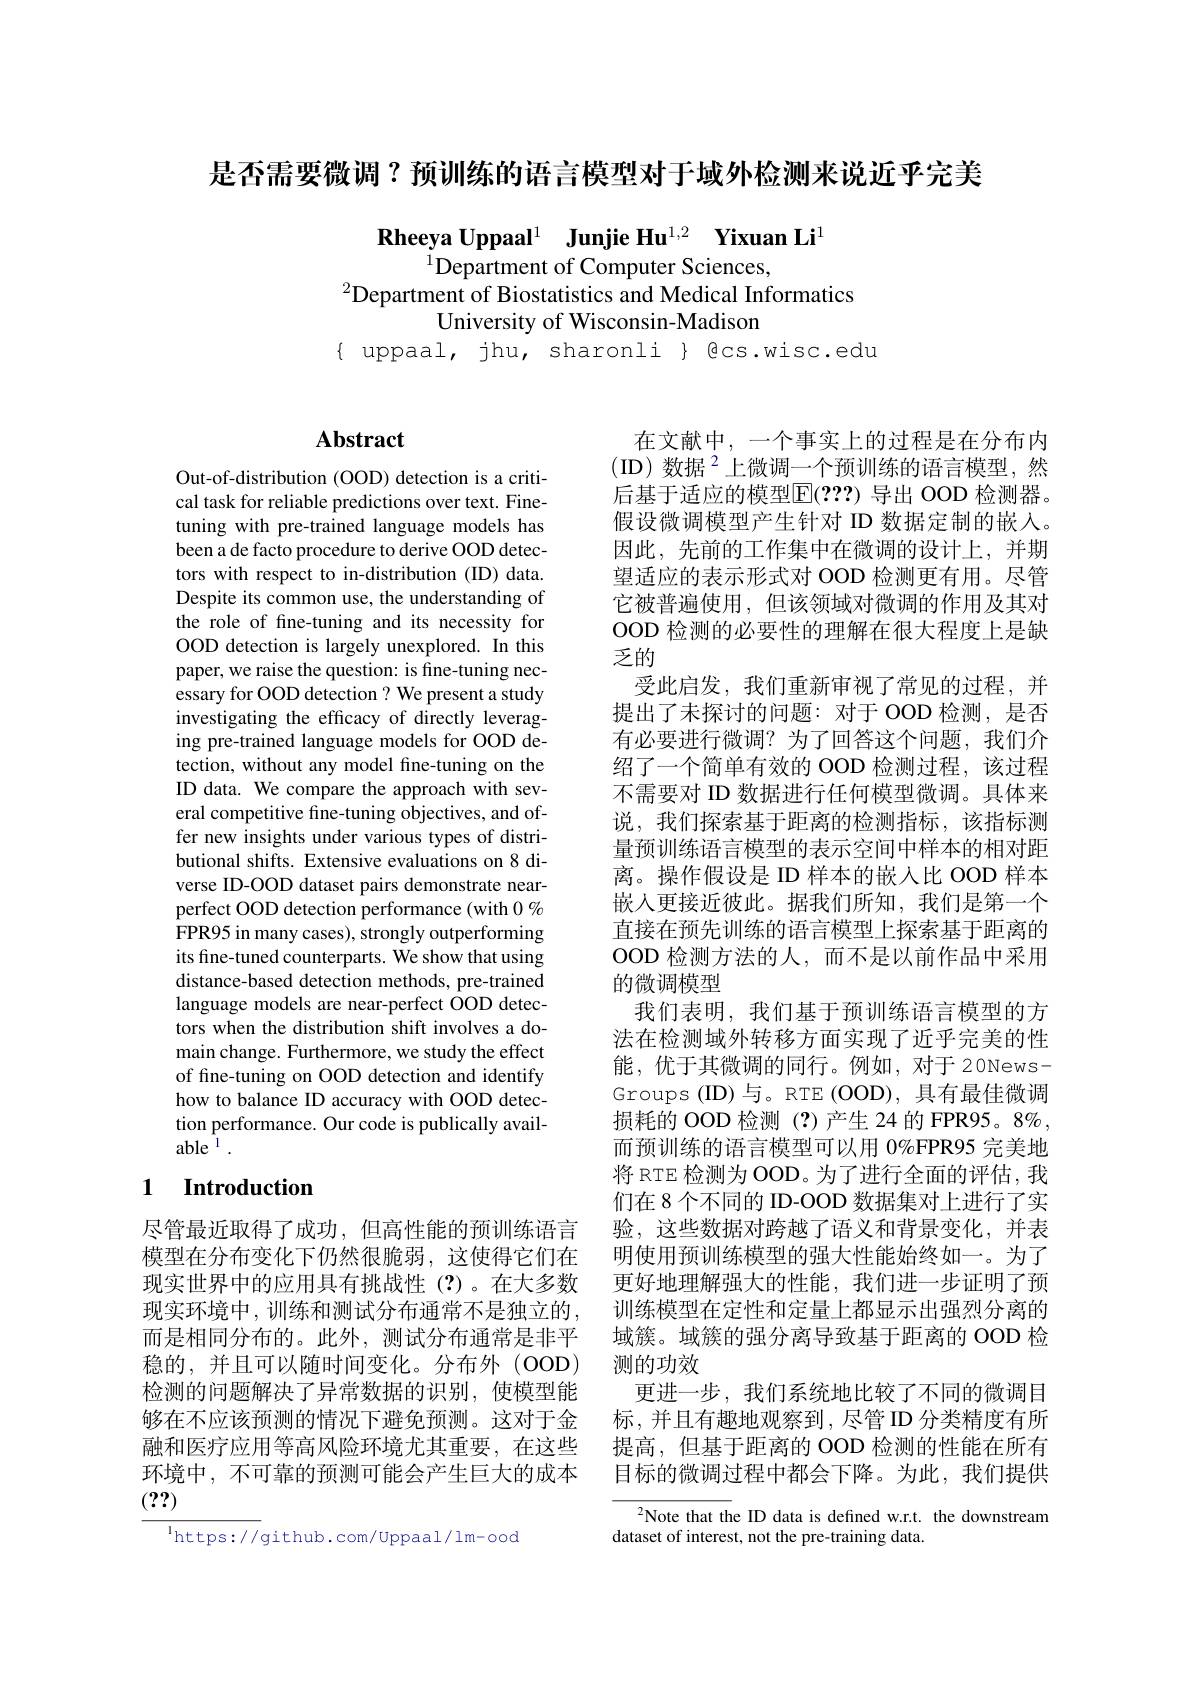
是否需要微调？预训练的语言模型对于域外检测来说近乎完美

Rheeya Uppaal$^{1}$ Junjie Hu$^{1,2}$ Yixuan Li$^{1}$
$^{1}$Department of Computer Sciences,
$^{2}$Department of Biostatistics and Medical Informatics
University of Wisconsin-Madison
$\{$ uppaal, jhu, sharonli $\}$ gcs.wisc.edu

## $\mathbf{Abstract}$

Out-of-distribution (OOD) detection is a critical task for reliable predictions over text. Finetuning with pre-trained language models has been a de facto procedure to derive OOD detectors with respect to in-distribution (ID) data. Despite its common use, the understanding of the role of fine-tuning and its necessity for OOD detection is largely unexplored. In this paper, we raise the question: is fine-tuning necessary for OOD detection? We present a study investigating the efficacy of directly leveraging pre-trained language models for OOD detection, without any model fine-tuning on the ID data. We compare the approach with several competitive fine-tuning objectives, and offer new insights under various types of distributional shifts. Extensive evaluations on 8 diverse ID-OOD dataset pairs demonstrate nearperfect OOD detection performance (with $0\%$ FPR95 in many cases), strongly outperforming its fine-tuned counterparts. We show that using distance-based detection methods, pre-trained language models are near-perfect OOD detectors when the distribution shift involves a domain change. Furthermore, we study the effect of fine-tuning on OOD detection and identify how to balance ID accuracy with OOD detection performance. Our code is publically available $^{\mathrm{i}}$

## 1 Introduction

尽管最近取得了成功，但高性能的预训练语言模型在分布变化下仍然很脆弱，这使得它们在现实世界中的应用具有挑战性(?)。在大多数现实环境中，训练和测试分布通常不是独立的， 而是相同分布的。此外，测试分布通常是非平检测的问题解决了异常数据的识别，使模型能(??)

$^{\mathrm{l}}$https://github.com/Uppaal/lm-ood

在文献中，一个事实上的过程是在分布内(ID)数据$^2$上微调一个预训练的语言模型，然后基于适应的模型$\mathbb{E}(???)$ 导出 OOD 检测器。假设微调模型产生针对 ID 数据定制的嵌入。因此，先前的工作集中在微调的设计上，并期望适应的表示形式对 OOD 检测更有用。尽管它被普遍使用，但该领域对微调的作用及其对OOD 检测的必要性的理解在很大程度上是缺乏的
受此启发，我们重新审视了常见的过程，并提出了未探讨的问题：对于 OOD 检测，是否有必要进行微调？为了回答这个问题，我们介绍了一个简单有效的 OOD 检测过程，该过程不需要对 ID 数据进行任何模型微调。具体来说，我们探索基于距离的检测指标，该指标测量预训练语言模型的表示空间中样本的相对距离。操作假设是 ID 样本的嵌入比 OOD 样本嵌入更接近彼此。据我们所知，我们是第一个直接在预先训练的语言模型上探索基于距离的OOD 检测方法的人，而不是以前作品中采用的微调模型
我们表明，我们基于预训练语言模型的方法在检测域外转移方面实现了近乎完美的性能，优于其微调的同行。例如，对于20NewsGroups (ID) 与。RTE (OOD), 具有最佳微调损耗的 OOD 检测(?)产生 24 的 FPR95。8%, 而预训练的语言模型可以用 0%FPR95 完美地将 RTE 检测为 OOD。为了进行全面的评估，我们在 8 个不同的 ID-OOD 数据集对上进行了实验，这些数据对跨越了语义和背景变化，并表明使用预训练模型的强大性能始终如一。为了更好地理解强大的性能，我们进一步证明了预训练模型在定性和定量上都显示出强烈分离的域簇。域簇的强分离导致基于距离的 OOD 检
稳的，并且可以随时间变化。分布外(OOD)测的功效
更进一步，我们系统地比较了不同的微调目
够在不应该预测的情况下避免预测。这对于金 标，并且有趣地观察到，尽管 ID 分类精度有所融和医疗应用等高风险环境尤其重要，在这些 提高，但基于距离的 OOD 检测的性能在所有环境中，不可靠的预测可能会产生巨大的成本  目标的微调过程中都会下降。为此，我们提供

$^{2}$Note that the ID data is defined w.r.t. the downstream
dataset of interest, not the pre-training data.